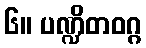
၆။ ပဏ္ဍိတဝဂ္ဂ